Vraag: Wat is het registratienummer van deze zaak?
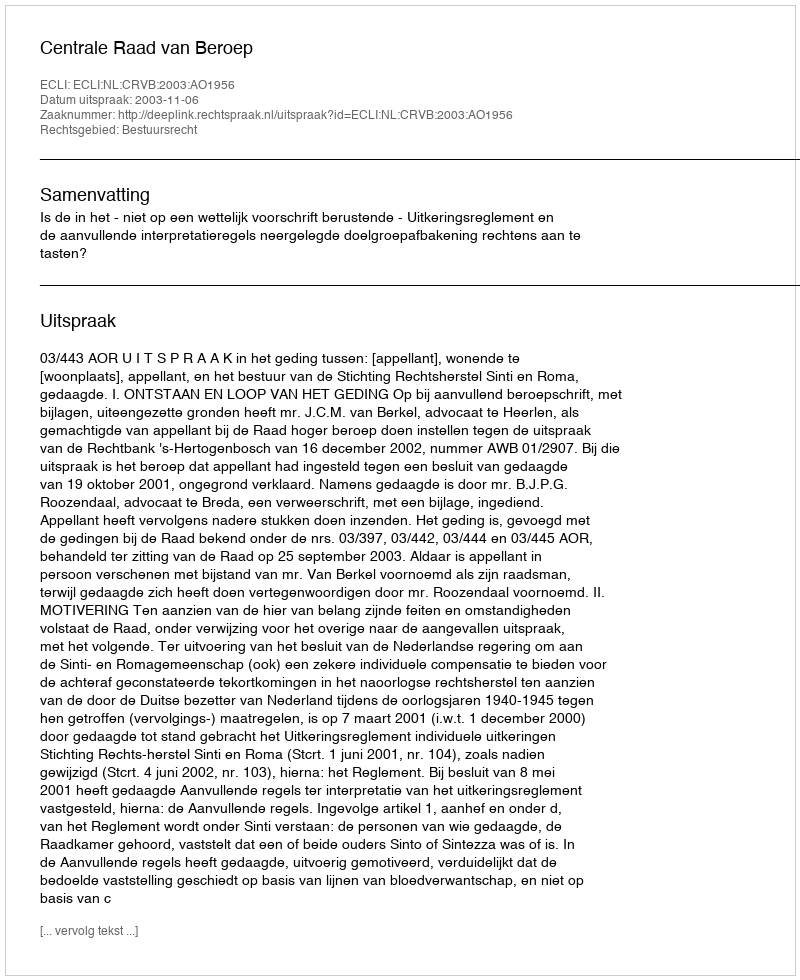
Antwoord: http://deeplink.rechtspraak.nl/uitspraak?id=ECLI:NL:CRVB:2003:AO1956